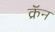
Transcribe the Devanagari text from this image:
क्रॅन